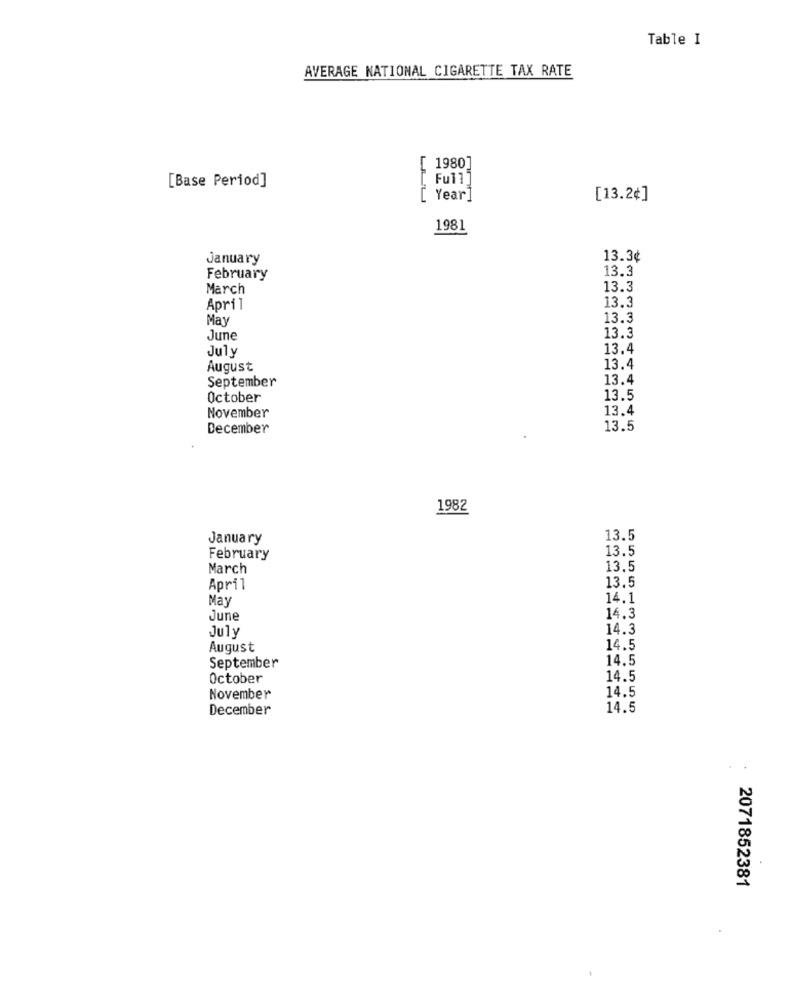
Table I
AVERAGE NATIONAL CIGARETTE TAX RATE
[ 1980]
[ Ful]]
[Base Period]
[ Year]
[13.2¢]
1981
January
13.3¢
13,3
February
March
13.3
13.3
April
May
13.3
June
13.3
July
13.4
August
13.4
September
13.4
October
13.5
13.4
November
December
13.5
1982
January
13.5
13.5
February
March
13.5
13.5
April
May
14.1
June
14.3
14.3
July
August
14.5
14.5
September
October
14.5
14.5
November
December
14.5
2071852381